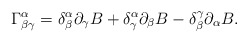
\begin{align*}\Gamma^{\alpha}_{\beta \gamma}= \delta^{\alpha}_{\beta}\partial_{\gamma }B+ \delta^{\alpha}_{\gamma}\partial_{\beta} B- \delta_{\beta}^{\gamma}\partial_{\alpha} B. \end{align*}